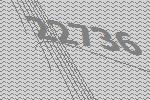
22736